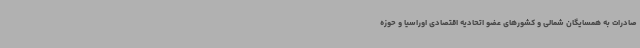
صادرات به همسایگان شمالی و کشورهای عضو اتحادیه اقتصادی اوراسیا و حوزه